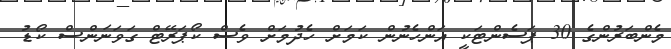
މެންބަރުންގެ 30 ޕަސެންޓަކީ އަންހެނުން ކަމަށް ހެދުމަށް ވެސް ކޯޕަރޭޓް ގަވަނަންސް ކޯޑު